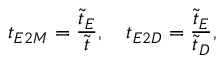
t _ { E 2 M } = \frac { \tilde { t } _ { E } } { \tilde { t } } , \quad t _ { E 2 D } = \frac { \tilde { t } _ { E } } { \tilde { t } _ { D } } ,